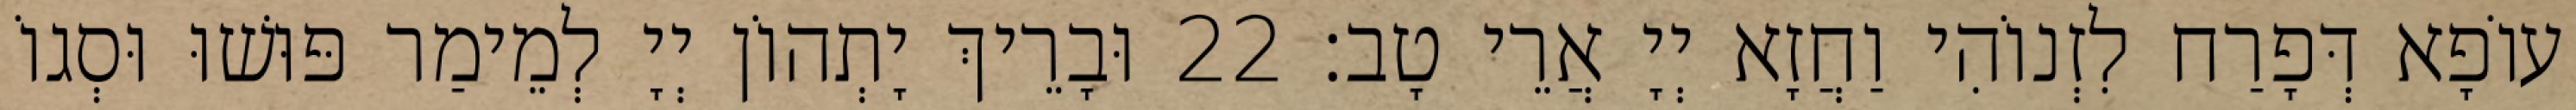
עוֹפָא דְּפָרַח לִזְנוֹהִי וַחֲזָא יְיָ אֲרֵי טָב׃ 22 וּבָרֵיךְ יָתְהוֹן יְיָ לְמֵימַר פּוּשׁוּ וּסְגוֹ